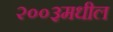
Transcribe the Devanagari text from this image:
२००३मधील